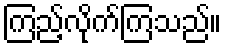
ကြည့်လိုက်ကြသည်။